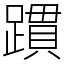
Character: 躀